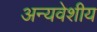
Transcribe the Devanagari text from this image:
अन्यवेशीय